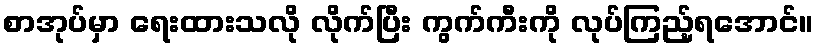
စာအုပ်မှာ ရေးထားသလို လိုက်ပြီး ကွက်ကီးကို လုပ်ကြည့်ရအောင်။